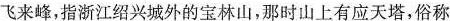
飞来峰，指浙江绍兴城外的宝林山，那时山上有应天塔，俗称